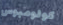
كولومبوس